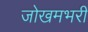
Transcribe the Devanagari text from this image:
जोखमभरी